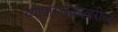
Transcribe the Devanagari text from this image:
व्यापारचक्रावरील